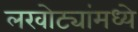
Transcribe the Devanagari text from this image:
लखोट्यांमध्ये